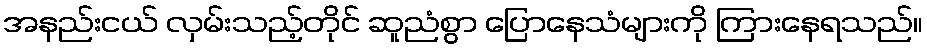
အနည်းငယ် လှမ်းသည့်တိုင် ဆူညံစွာ ပြောနေသံများကို ကြားနေရသည်။